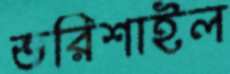
ভরিশাইল